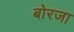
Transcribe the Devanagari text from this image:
बोरजा